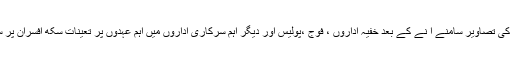
خالصتانی پاسپورٹ، کرنسی کی تصاویر سامنے آ نے کے بعد خفیہ اداروں ، فوج ،پولیس اور دیگر اہم سرکاری اداروں میں اہم عہدوں پر تعینات سکھ افسران پر سختی شروع کر دی گئی ہے۔